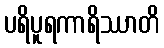
ပရိပူရကာရိဿာတိ